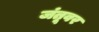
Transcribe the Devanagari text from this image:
जंतूवर